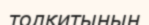
толқитынын